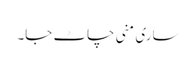
ساری منی چاٹ جا۔